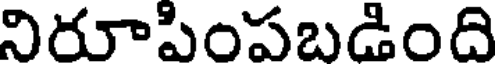
నిరూపింపబడింది